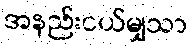
အနည်းငယ်မျှသာ